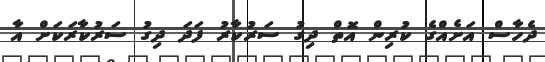
ދެހާސް އަށެއްގެ ކުރިން އޮތް ދިގު ސަރުކާރު ފަދަ ދިގު ސަރުކާރަކަށް އާ